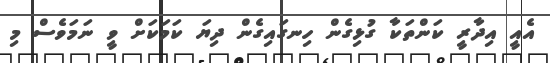
އެއީ އިދާރީ ކަންތަކާ ގުޅިގެން ހިނގައިގެން ދިޔަ ކަމަކަށް ވީ ނަމަވެސް މި